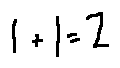
1 + 1 = 2